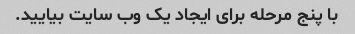
با پنج مرحله برای ایجاد یک وب سایت بیایید.